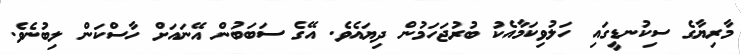
މާރިޔާގެ ސިކުނޑީގައި ހަލުވިކަމާއެކު ބުރުޖަހަމުން ދިޔައެވެ. އޭގެ ސަބަބުން އޭނައަށް ހާސްކަން ލިބުނެވެ.